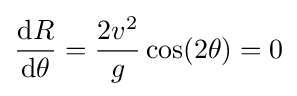
{\mathrm {d} R \over \mathrm {d} \theta }={2v^{2} \over g}\cos(2\theta )=0